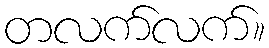
တလက်လက်။